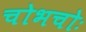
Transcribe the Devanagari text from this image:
चोभचोः